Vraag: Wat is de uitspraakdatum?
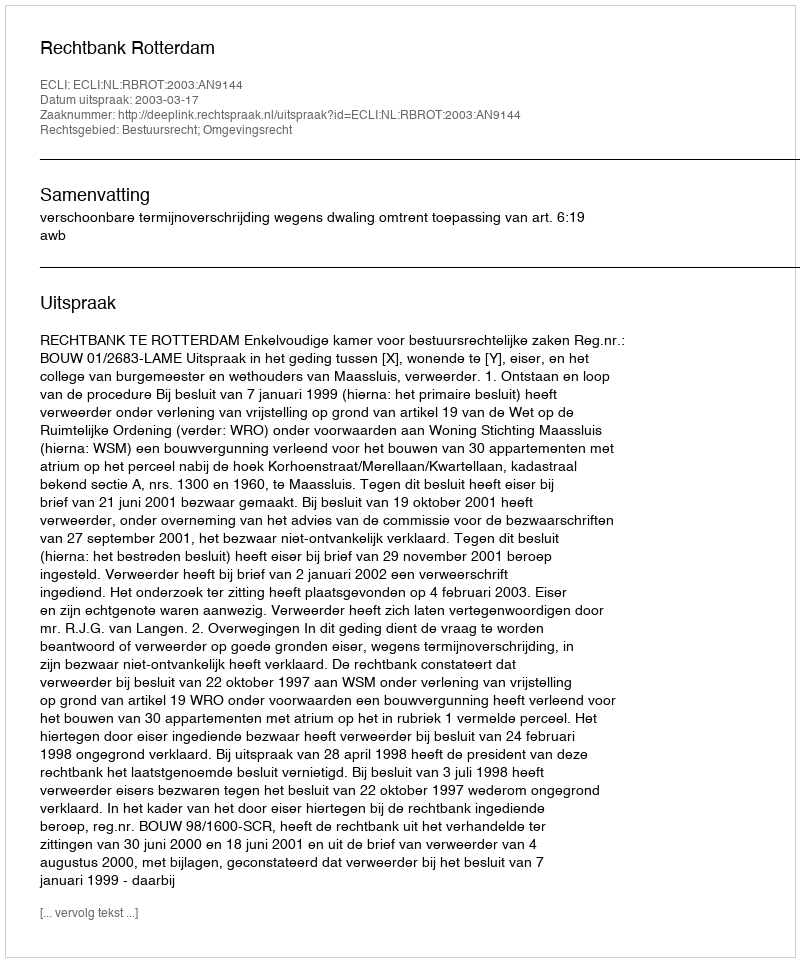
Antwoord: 2003-03-17